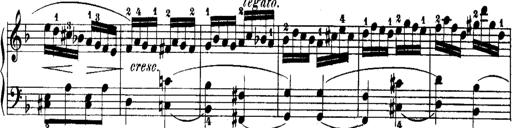
Title: Rondos and Sonatinas for Pianoforte
Composer: Daniel Steibelt